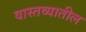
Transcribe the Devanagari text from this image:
वास्तव्यातील